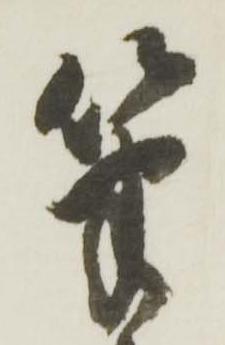
筆